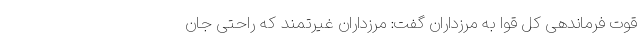
قوت فرماندهی کل قوا به مرزداران گفت: مرزداران غیرتمند که راحتی جان